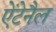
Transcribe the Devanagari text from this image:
ऐंटेनैल